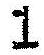
1